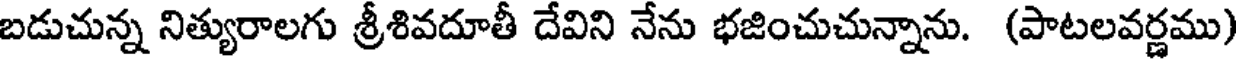
బడుచున్న నిత్యురాలగు శ్రీశివదూతీ దేవిని నేను భజించుచున్నాను. (పాటలవర్ణము)